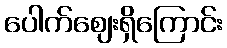
ပေါက်ဈေးရှိကြောင်း